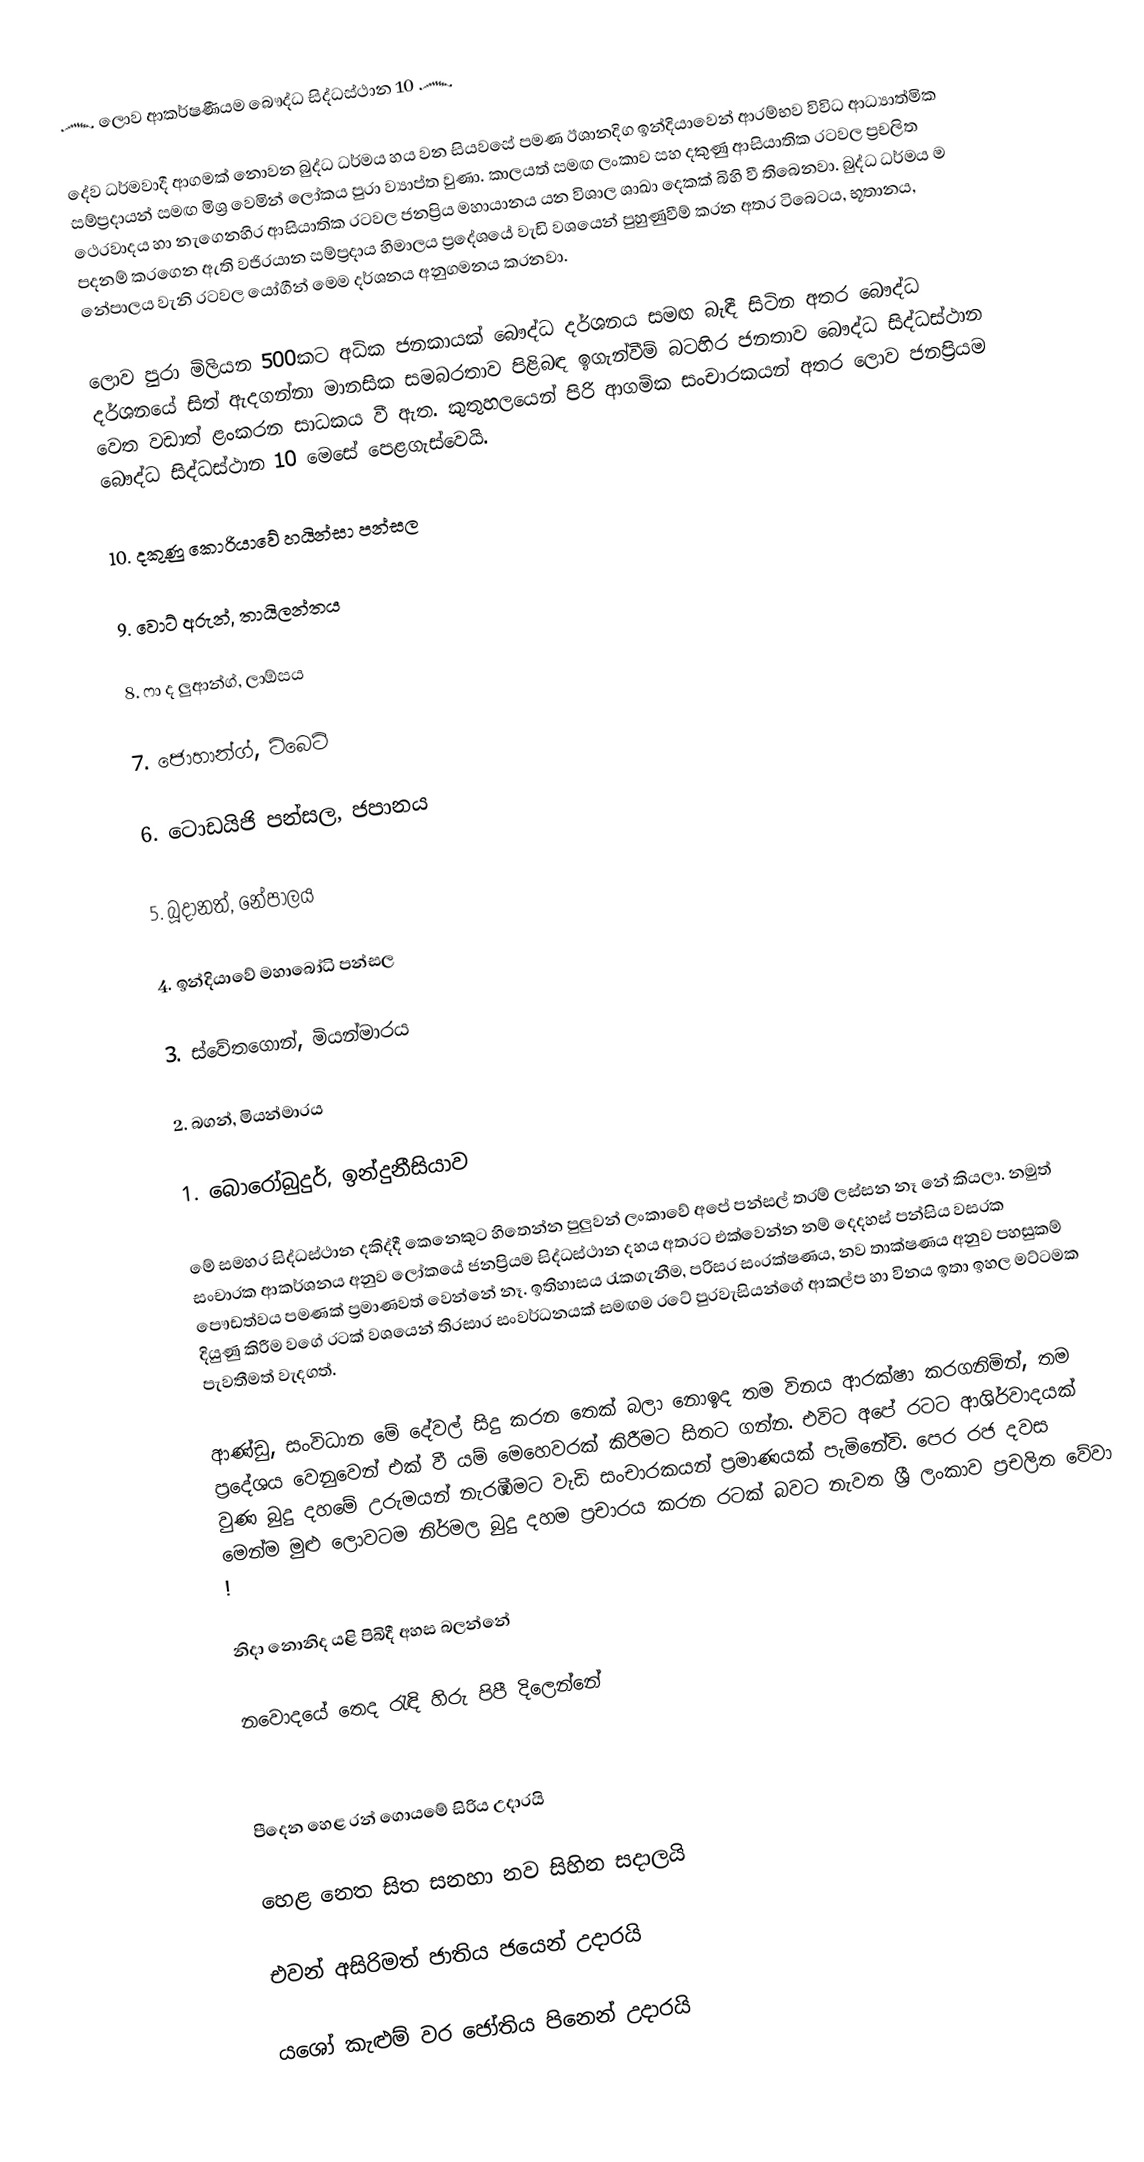
෴ ලොව ආකර්ෂණීයම බෞද්ධ සිද්ධස්ථාන 10 ෴

දේව ධර්මවාදී ආගමක් නොවන බුද්ධ ධර්මය හය වන සියවසේ පමණ ඊශානදිග ඉන්දියාවෙන් ආරම්භව විවිධ ආධ්‍යාත්මික සම්ප්‍රදායන් සමඟ මිශ්‍ර වෙමින් ලෝකය පුරා ව්‍යාප්ත වුණා. කාලයත් සමඟ ලංකාව සහ දකුණු ආසියාතික රටවල ප්‍රචලිත ථෙරවාදය හා නැගෙනහිර ආසියාතික රටවල ජනප්‍රිය මහායානය යන විශාල ශාඛා දෙකක් බිහි වී තිබෙනවා. බුද්ධ ධර්මය ම පදනම් කරගෙන ඇති වජිරයාන සම්ප්‍රදාය හිමාලය ප්‍රදේශයේ වැඩි වශයෙන් පුහුණුවීම් කරන අතර ටිබෙටය, භූතානය, නේපාලය වැනි රටවල යෝගීන් මෙම දර්ශනය අනුගමනය කරනවා.

ලොව පුරා මිලියන 500කට අධික ජනකායක් බෞද්ධ දර්ශනය සමඟ බැඳී සිටින අතර බෞද්ධ දර්ශනයේ සිත් ඇදගන්නා මානසික සමබරතාව පිළිබඳ ඉගැන්වීම් බටහිර ජනතාව බෞද්ධ සිද්ධස්ථාන වෙත වඩාත් ළංකරන සාධකය වී ඇත. කුතුහලයෙන් පිරි ආගමික සංචාරකයන් අතර ලොව ජනප්‍රියම බෞද්ධ සිද්ධස්ථාන 10 මෙසේ පෙළගැස්වෙයි.

10. දකුණු කොරියාවේ හයින්සා පන්සල

9. වොට් අරුන්, තායිලන්තය

8. ෆා ද ලුආන්ග්, ලාඕසය

7. ජොහාන්ග්, ටිබෙට්

6. ටොඩයිජි පන්සල, ජපානය

5. බූදානත්, නේපාලය

4. ඉන්දියාවේ මහාබෝධි පන්සල

3. ස්වේතගොන්, මියන්මාරය

2. බගන්, මියන්මාරය

1. බොරෝබුදුර්, ඉන්දුනීසියාව

මේ සමහර සිද්ධස්ථාන දකිද්දී කෙනෙකුට හිතෙන්න පුලුවන් ලංකාවේ අපේ පන්සල් තරම් ලස්සන නෑ නේ කියලා. නමුත් සංචාරක ආකර්ශනය අනුව ලෝකයේ ජනප්‍රියම සිද්ධස්ථාන දහය අතරට එක්වෙන්න නම් දෙදහස් පන්සිය වසරක පෞඩත්වය පමණක් ප්‍රමාණවත් වෙන්නේ නෑ. ඉතිහාසය රැකගැනීම, පරිසර සංරක්ෂණය, නව තාක්ෂණය අනුව පහසුකම් දියුණු කිරීම වගේ රටක් වශයෙන් තිරසාර සංවර්ධනයක් සමඟම රටේ පුරවැසියන්ගේ ආකල්ප හා විනය ඉතා ඉහල මට්ටමක පැවතීමත් වැදගත්.

ආණ්ඩු, සංවිධාන මේ දේවල් සිදු කරන තෙක් බලා නොඉද තම විනය ආරක්ෂා කරගනිමින්, තම ප්‍රදේශය වෙනුවෙන් එක් වී යම් මෙහෙවරක් කිරීමට සිතට ගන්න. එවිට අපේ රටට ආශිර්වාදයක් වුණ බුදු දහමේ උරුමයන් නැරඹීමට වැඩි සංචාරකයන් ප්‍රමාණයක් පැමිනේවි. පෙර රජ දවස මෙන්ම මුළු ලොවටම නිර්මල බුදු දහම ප්‍රචාරය කරන රටක් බවට නැවත ශ්‍රී ලංකාව ප්‍රචලිත වේවා !

   නිදා නොනිද යළි පිබිදී අහස බලන්නේ

නවොදයේ තෙද රැඳි හිරු පිපී දිලෙන්නේ

   

   පීදෙන හෙළ රන් ගොයමේ සිරිය උදාරයි

හෙළ නෙත සිත සනහා නව සිහින සදාලයි

   එවන් අසිරිමත් ජාතිය ජයෙන් උදාරයි

යශෝ කැළුම් වර ජෝතිය පිනෙන් උදාරයි